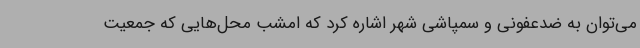
می‌توان به ضدعفونی و سمپاشی شهر اشاره کرد که امشب محل‌هایی که جمعیت